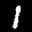
Label: 1